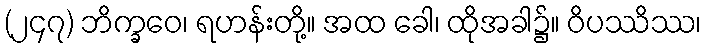
(၂၄၇) ဘိက္ခဝေ၊ ရဟန်းတို့။ အထ ခေါ၊ ထိုအခါ၌။ ဝိပဿိဿ၊